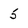
Character: 5